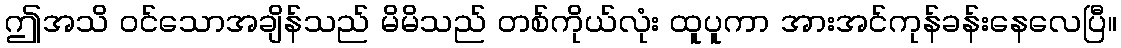
ဤအသိ ဝင်သောအချိန်သည် မိမိသည် တစ်ကိုယ်လုံး ထူပူကာ အားအင်ကုန်ခန်းနေလေပြီ။